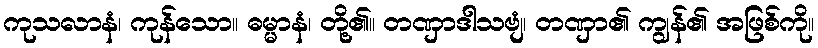
ကုသလာနံ၊ ကုန်သော။ ဓမ္မာနံ၊ တို့၏။ တဏှာဒါသဗျံ၊ တဏှာ၏ ကျွန်၏ အဖြစ်ကို။